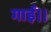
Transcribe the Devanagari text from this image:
गाई।।